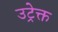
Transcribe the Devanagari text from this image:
उट्रेक्त